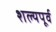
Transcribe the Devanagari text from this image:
शल्यपूर्व